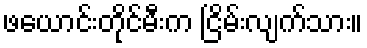
ဖယောင်းတိုင်မီးက ငြိမ်းလျက်သား။